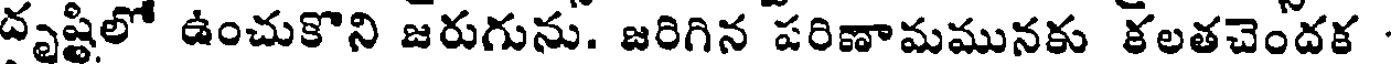
దృష్టిలో ఉంచుకొని జరుగును. జరిగిన పరిణామమునకు కలతచెందక